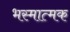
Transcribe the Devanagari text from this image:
भस्मात्मक